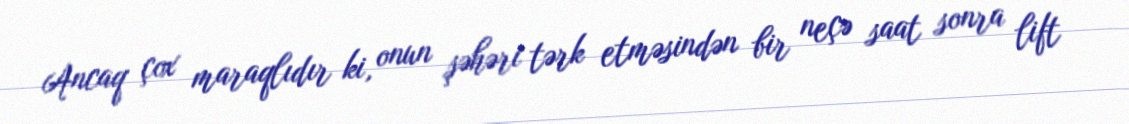
Ancaq çox maraqlıdır ki, onun şəhəri tərk etməsindən bir neçə saat sonra lift